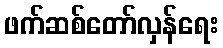
ဖက်ဆစ်တော်လှန်ရေး